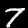
Label: 7